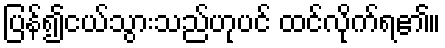
ပြန်၍ငယ်သွားသည်ဟုပင် ထင်လိုက်ရ၏။